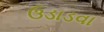
ઉડાડવા